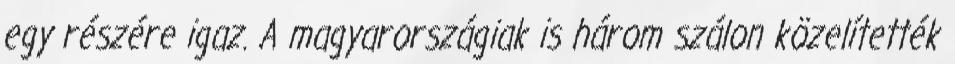
egy részére igaz. A magyarországiak is három szálon közelítették